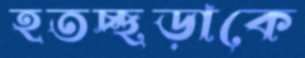
হতচ্ছড়াকে